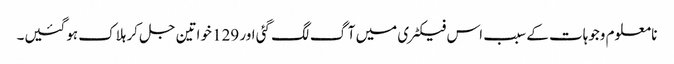
نا معلوم وجوہات کے سبب اس فیکٹری میں آگ لگ گئی اور 129 خواتین جل کر ہلاک ہوگئیں۔